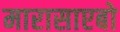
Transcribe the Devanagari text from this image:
मारासाएबो